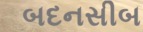
બદનસીબ